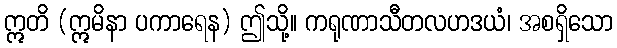
ဣတိ (ဣမိနာ ပကာရေန) ဤသို့။ ကရုဏာသီတလဟဒယံ၊ အစရှိသော